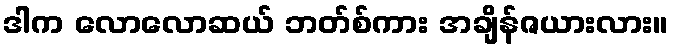
ဒါက လောလောဆယ် ဘတ်စ်ကား အချိန်ဇယားလား။